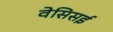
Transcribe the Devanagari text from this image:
वेसिसई